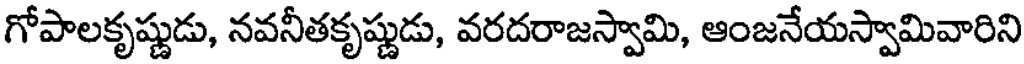
గోపాలకృష్ణుడు, నవనీతకృష్ణుడు, వరదరాజస్వామి, ఆంజనేయస్వామివారిని